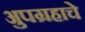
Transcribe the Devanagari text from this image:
अुपग्रहाचे